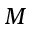
M